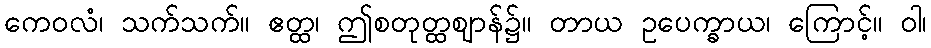
ကေဝလံ၊ သက်သက်။ ဧတ္ထ၊ ဤစတုတ္ထဈာန်၌။ တာယ ဥပေက္ခာယ၊ ကြောင့်။ ဝါ၊